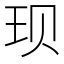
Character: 𫞥